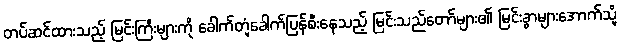
တပ်ဆင်ထားသည့် မြင်းကြီးများကို ခေါက်တုံ့ခေါက်ပြန်စီးနေသည့် မြင်းသည်တော်များ၏ မြင်းခွာများအောက်သို့